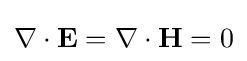
\nabla \cdot \mathbf {E} =\nabla \cdot \mathbf {H} =0